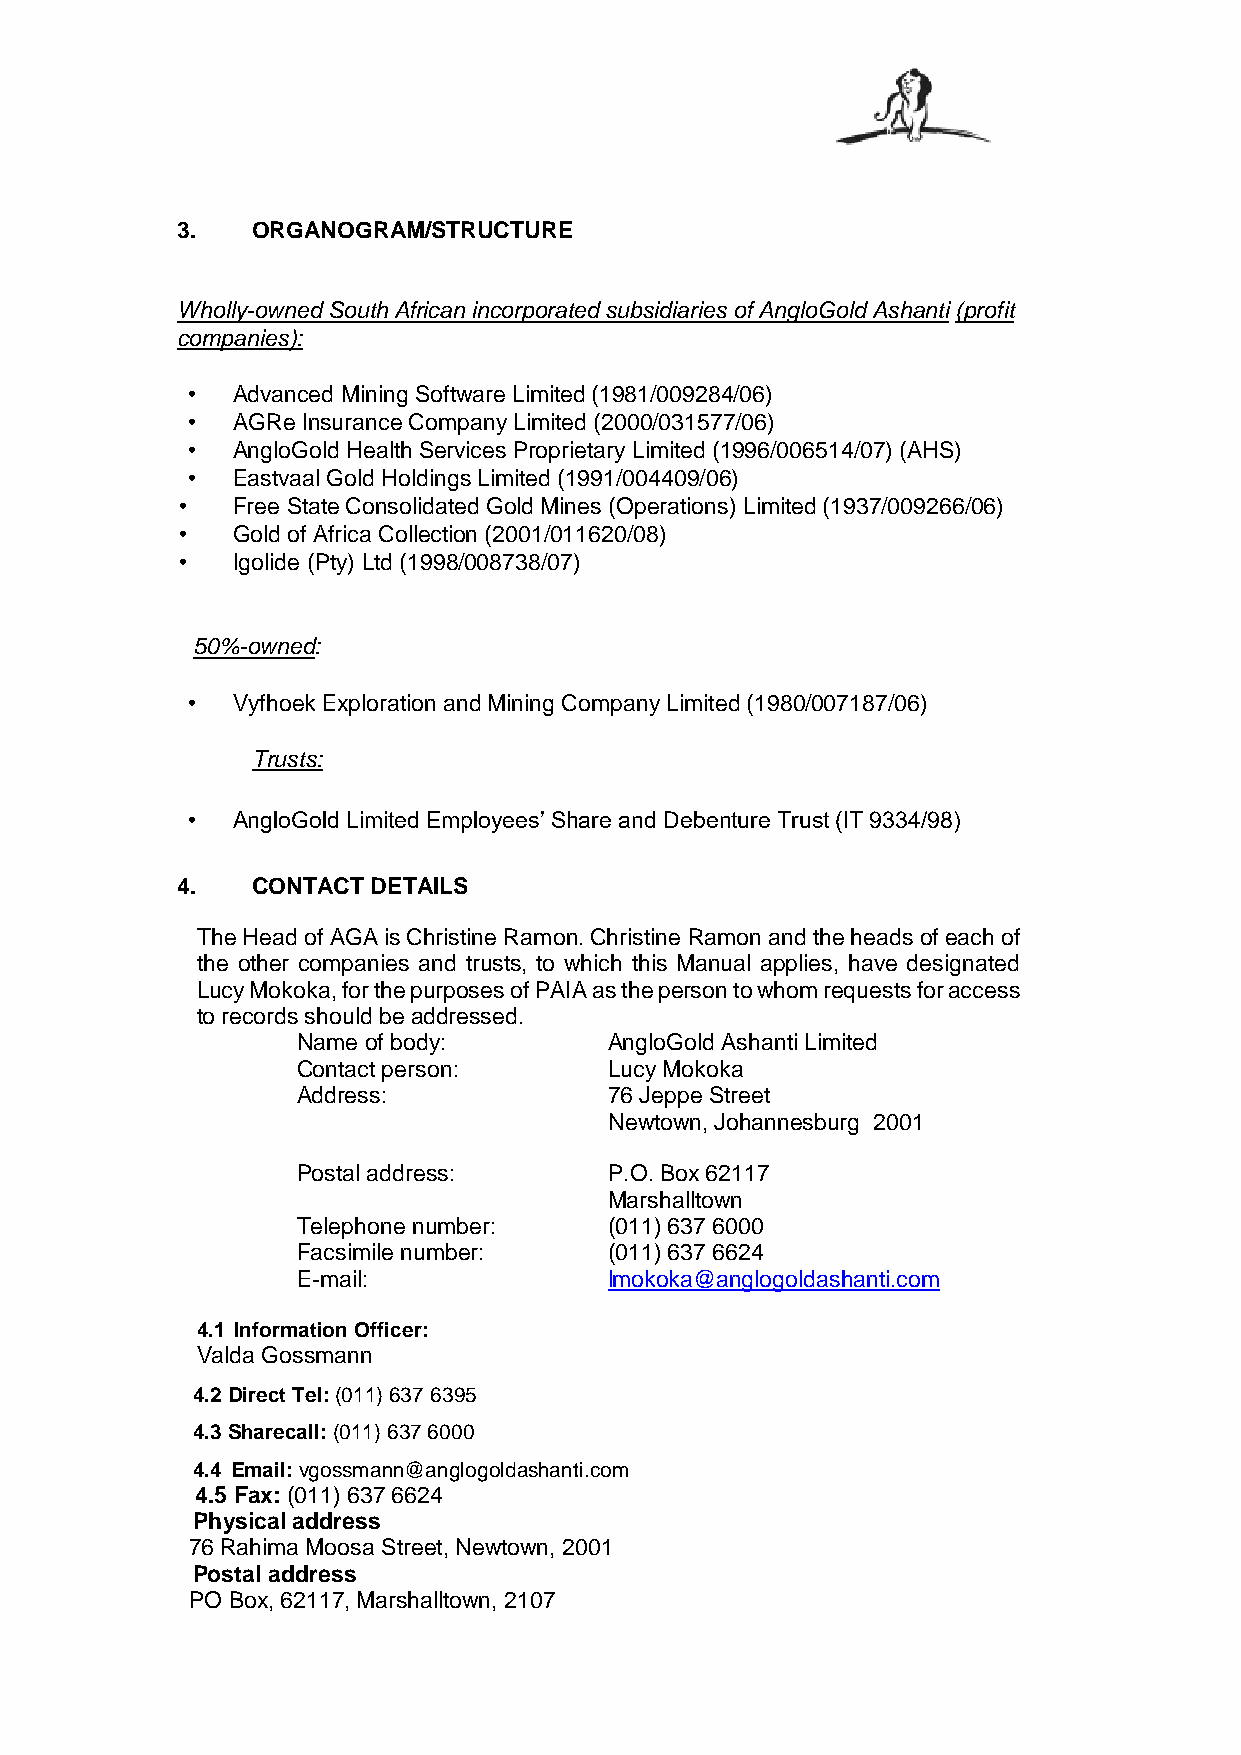
3.   ORGANOGRAM/STRUCTURE
 Wholly-owned South African incorporated subsidiaries of AngloGold Ashanti (profit
 companies):
 •  Advanced Mining Software Limited (1981/009284/06)
 •  AGRe Insurance Company Limited (2000/031577/06)
 •  AngloGold Health Services Proprietary Limited (1996/006514/07) (AHS)
 •  Eastvaal Gold Holdings Limited (1991/004409/06)
 •  Free State Consolidated Gold Mines (Operations) Limited (1937/009266/06)
 •  Gold of Africa Collection (2001/011620/08)
 •  Igolide (Pty) Ltd (1998/008738/07)
 50%-owned:
 •  Vyfhoek Exploration and Mining Company Limited (1980/007187/06)
 Trusts:
 •  AngloGold Limited Employees’ Share and Debenture Trust (IT 9334/98)
 4.   CONTACT DETAILS
 The Head of AGA is Christine Ramon. Christine Ramon and the heads of each of
 the other companies and trusts, to which this Manual applies, have designated
 Lucy Mokoka, for the purposes of PAIA as the person to whom requests for access
 to records should be addressed.
 Name of body:       AngloGold Ashanti Limited
 Contact person:     Lucy Mokoka
 Address:            76 Jeppe Street
 Newtown, Johannesburg 2001
 Postal address:     P.O. Box 62117
 Marshalltown
 Telephone number:   (011) 637 6000
 Facsimile number:   (011) 637 6624
 E-mail:             lmokoka@anglogoldashanti.com
 4.1 Information Officer:
 Valda Gossmann
 4.2 Direct Tel: (011) 637 6395
 4.3 Sharecall: (011) 637 6000
 4.4 Email: vgossmann@anglogoldashanti.com
 4.5 Fax: (011) 637 6624
 Physical address
 76 Rahima Moosa Street, Newtown, 2001
 Postal address
 PO Box, 62117, Marshalltown, 2107